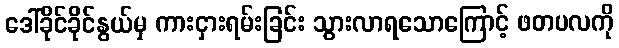
ဒေါ်ခိုင်ခိုင်နွယ်မှ ကားငှားရမ်းခြင်း သွားလာရသောကြောင့် ဖတပလကို